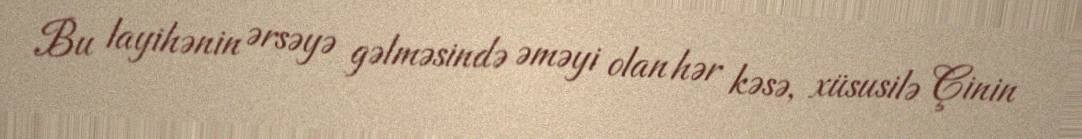
Bu layihənin ərsəyə gəlməsində əməyi olan hər kəsə, xüsusilə Çinin